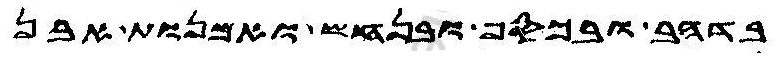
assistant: בדהב ובכסף ובנחש ואמנות אבן